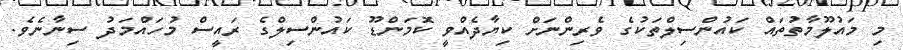
މި މައުލޫމާތުތައް ކައުންސިލްތަކުގެ ވެރިންނަށް ކިޔާދެއްވީ ކޮމަންޑޫ ކައުންސިލްގެ ރައީސް މުހައްމަދު ސިނާނެވެ.